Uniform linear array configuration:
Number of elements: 12
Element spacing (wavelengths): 1
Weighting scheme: cosine
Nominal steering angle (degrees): -45
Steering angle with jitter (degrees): -45.325
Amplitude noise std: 0.05
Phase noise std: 0.05

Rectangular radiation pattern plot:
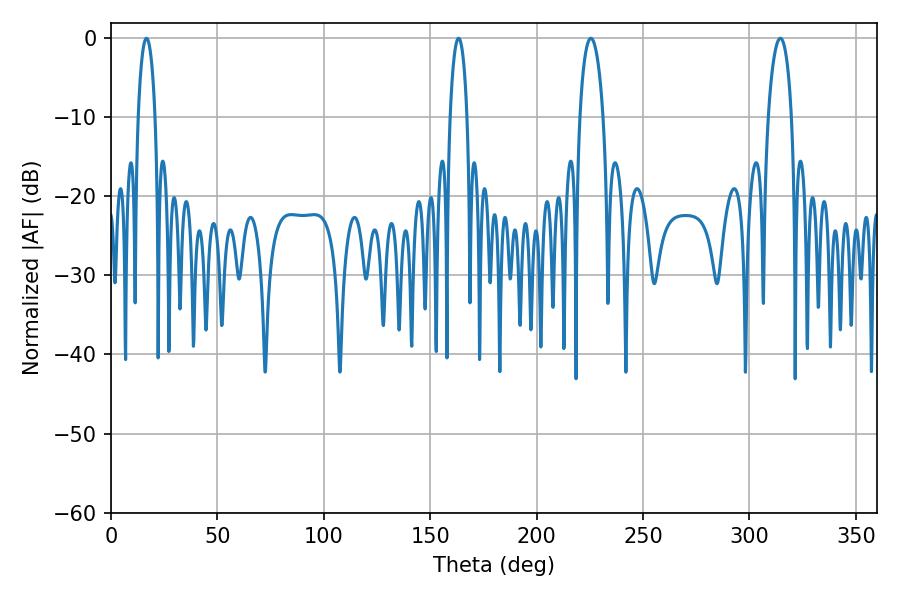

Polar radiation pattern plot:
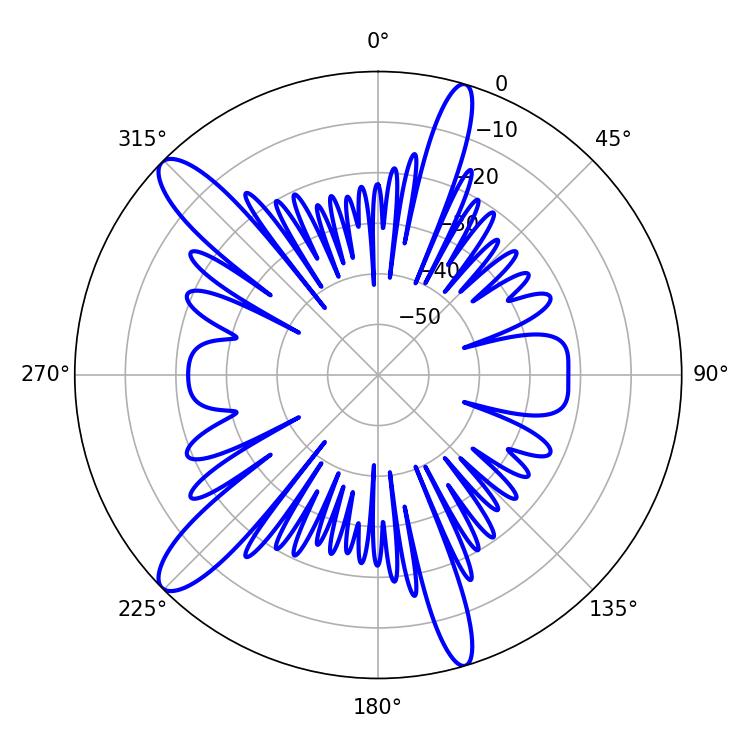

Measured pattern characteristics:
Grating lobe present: TRUE
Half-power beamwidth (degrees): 6.3
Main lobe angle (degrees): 314.46